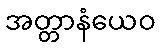
အတ္တာနံယေဝ